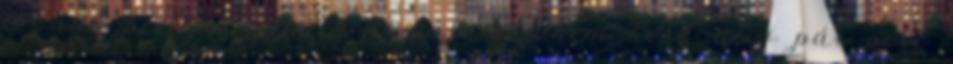
tovább pirítjuk. Amikor már majdnem kész alig pár perc